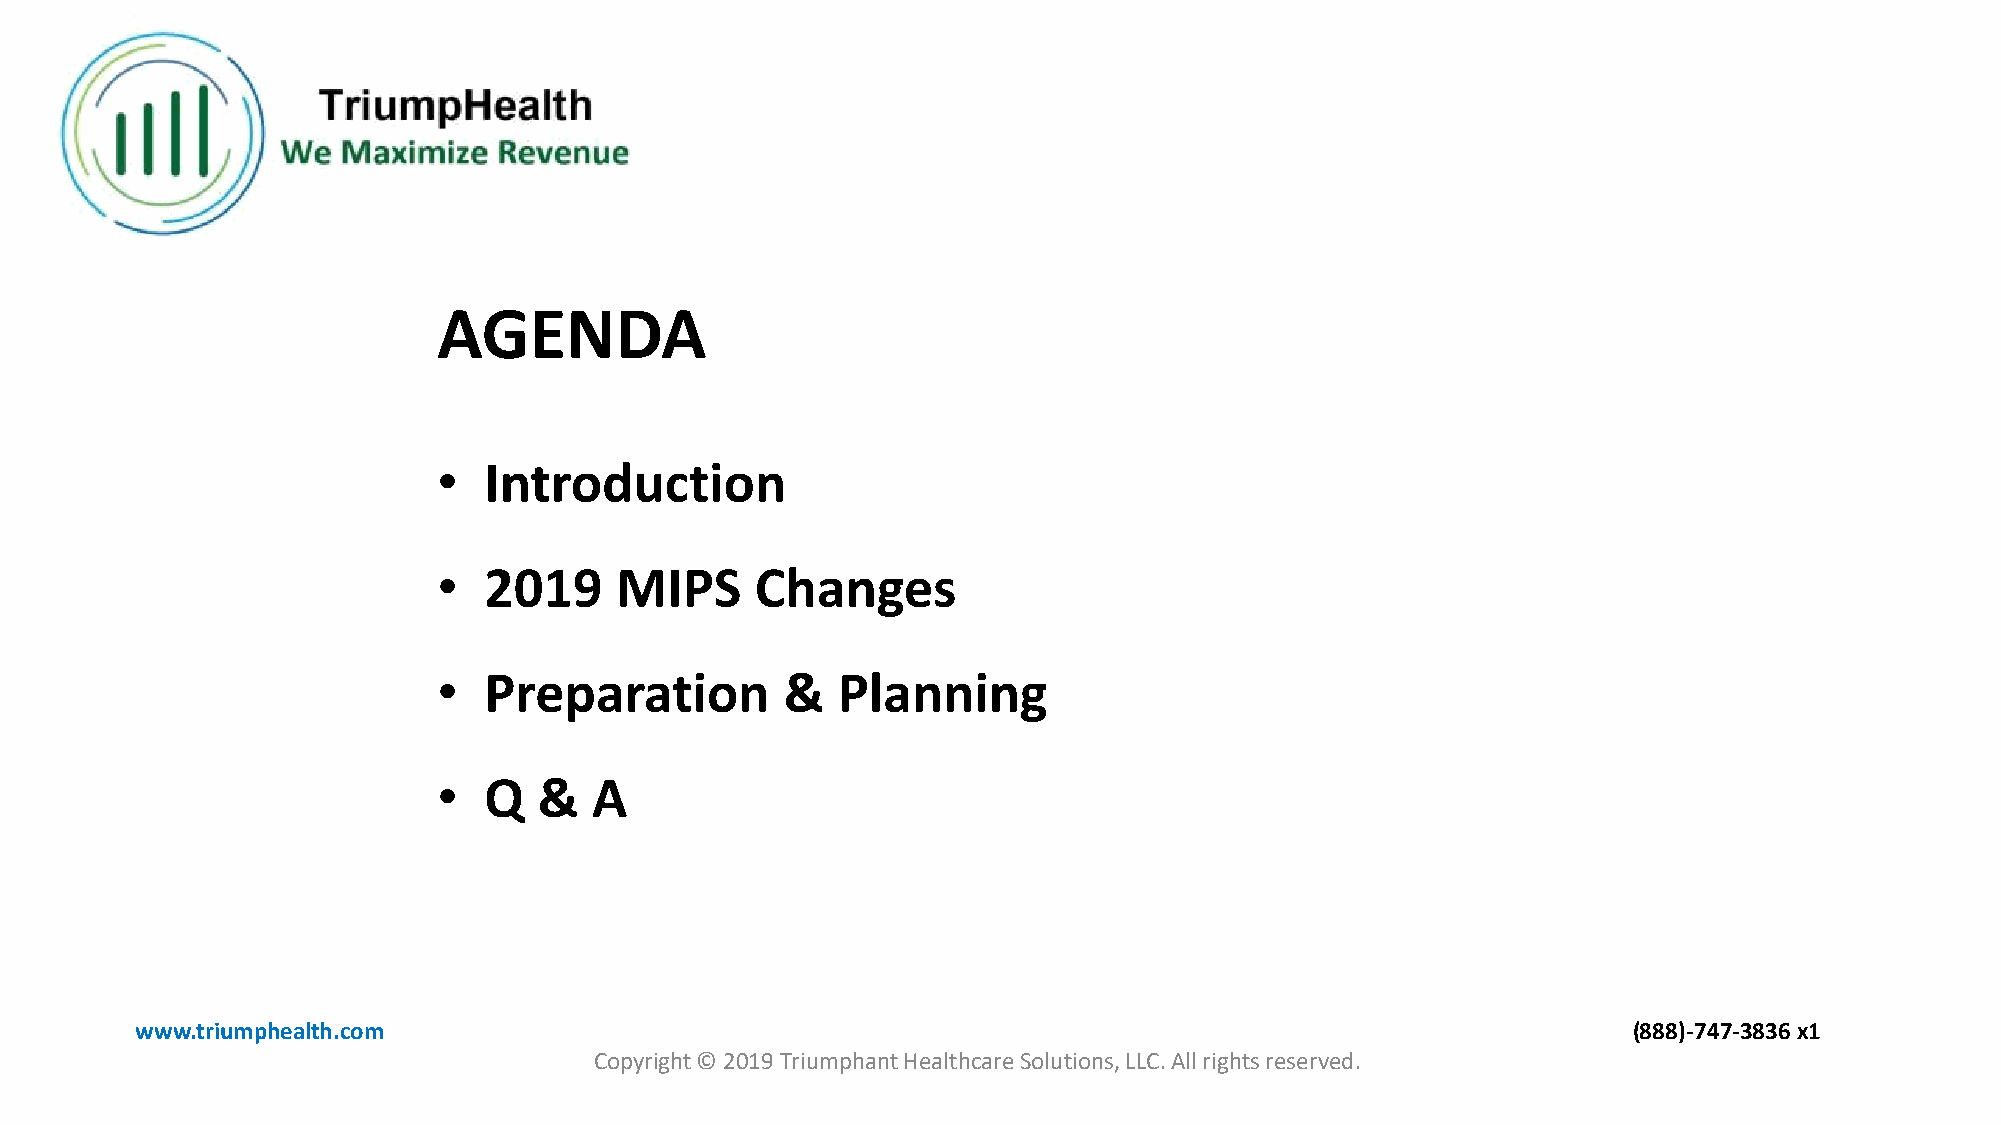
AGENDA
 •  Introduction
 •  2019     MIPS     Changes
 •  Preparation         &  Planning
 •  Q   &  A
 www.triumphealth.com                                                                               (888)-747-3836 x1
 Copyright © 2019 Triumphant Healthcare Solutions, LLC. All rights reserved.